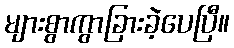
များစွာကွာခြားခဲ့ပေပြီ။